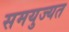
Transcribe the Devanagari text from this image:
समयुज्यत